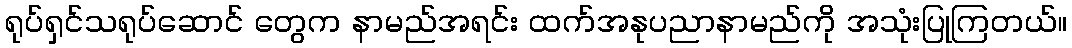
ရုပ်ရှင်သရုပ်ဆောင် တွေက နာမည်အရင်း ထက်အနုပညာနာမည်ကို အသုံးပြုကြတယ်။